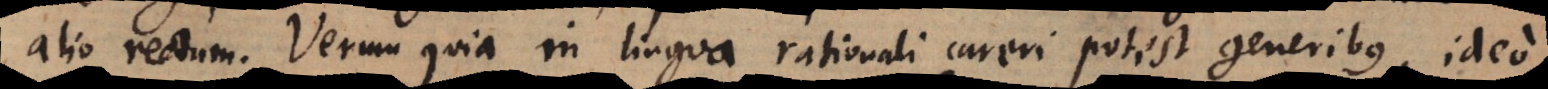
alio rectum. Verum quia in lingua rationali careri potest generibus, ideo